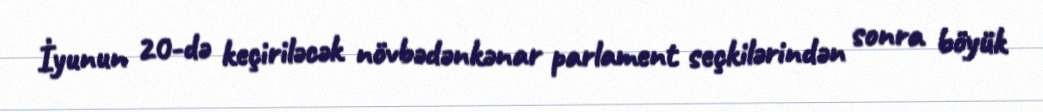
İyunun 20-də keçiriləcək növbədənkənar parlament seçkilərindən sonra böyük